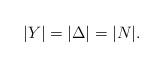
LaTeX: \begin{align*}|Y| = |\Delta| = |N|.\end{align*}